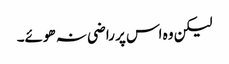
لیکن وہ اس پر راضی نہ ھوئے۔